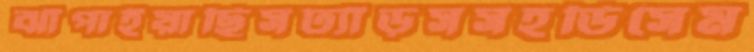
ঝাঁপাইয়াছিসঢ্যাঁড়সসহডিসেম